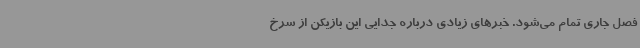
فصل جاری تمام می‌شود. خبرهای زیادی درباره جدایی این بازیکن از سرخ